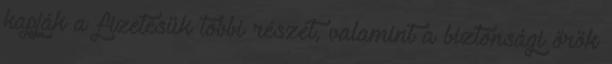
kapják a fizetésük többi részét, valamint a biztonsági őrök